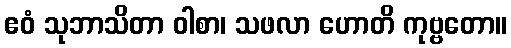
ဧဝံ သုဘာသိတာ ဝါစာ၊ သဖလာ ဟောတိ ကုဗ္ဗတော။